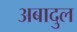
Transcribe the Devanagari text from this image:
अबादुल